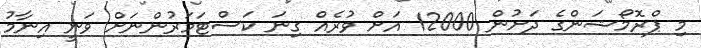
މި ޕްރޮމޯޝަންގެ ދަށުން 12000 އަށް ވުރެއް ގިނަ ކަސްޓަމަރުންނަށް ވަނީ އިނާމު